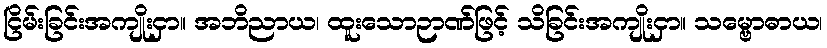
ငြိမ်းခြင်းအကျိုးငှာ။ အဘိညာယ၊ ထူးသောဉာဏ်ဖြင့် သိခြင်းအကျိုးငှာ။ သမ္ဗောဓာယ၊